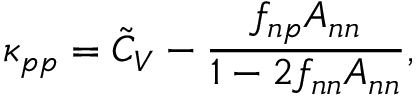
\kappa _ { p p } = \tilde { C } _ { V } - \frac { f _ { n p } A _ { n n } } { 1 - 2 f _ { n n } A _ { n n } } ,